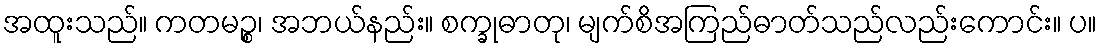
အထူးသည်။ ကတမဉ္စ၊ အဘယ်နည်း။ စက္ခုဓာတု၊ မျက်စိအကြည်ဓာတ်သည်လည်းကောင်း။ ပ။